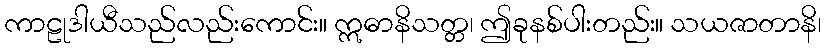
ကာဠုဒါယီသည်လည်းကောင်း။ ဣဓာနိသတ္တ၊ ဤခုနစ်ပါးတည်း။ သယဇာတာနိ၊